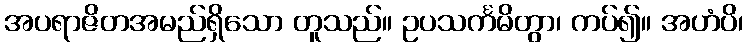
အပရာဇိတအမည်ရှိသော တူသည်။ ဥပသင်္ကမိတွာ၊ ကပ်၍။ အဟံပိ၊